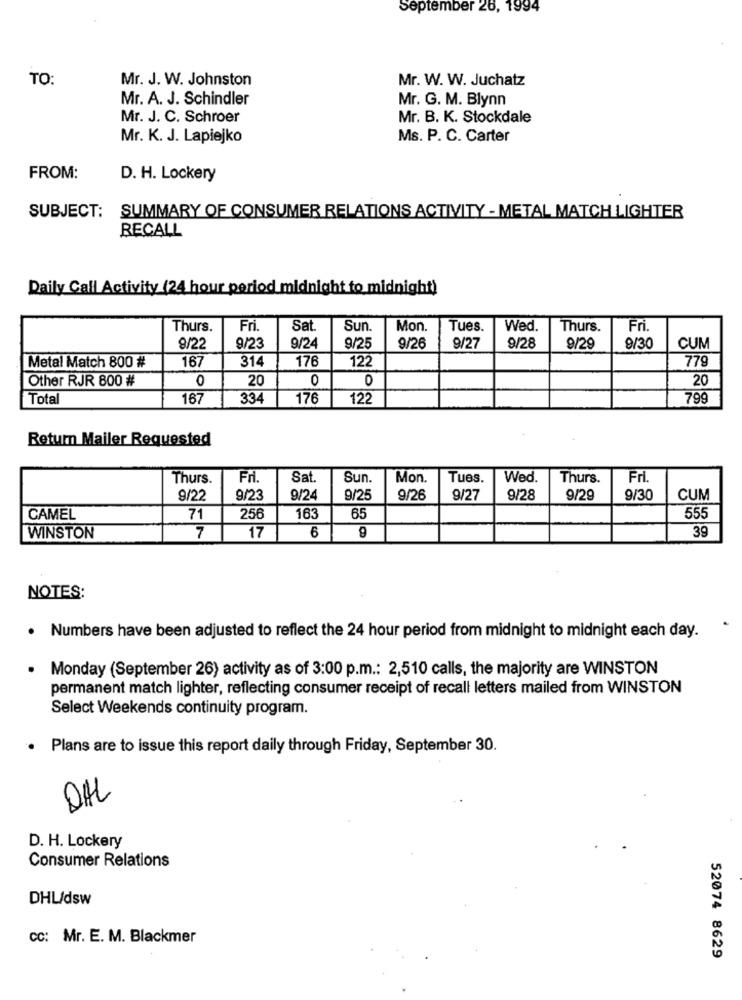
September 26, 1994
TO:
Mr. J. W. Johnston
Mr. W. W. Juchatz
Mr. A. J. Schindler
Mr. G. M. Blynn
Mr. J. C. Schroer
Mr. B. K. Stockdale
Mr. K. J. Lapiejko
Ms. P. C. Carter
FROM:
D. H. Lockery
SUBJECT:
SUMMARY OF CONSUMER RELATIONS ACTIVITY - METAL MATCH LIGHTER
RECALL
Daily Call Activity (24 hour period midnight to midnight)
Thurs.
Fri.
Sat
Sun.
Mon.
Tues.
Wed.
Thurs.
Fri.
9/22
9/23
9/24
9/25
9/26
9/27
9/28
9/29
9/30
CUM
167
176
122
779
Metal Match 800 #
314
Other RJR 800 #
0
20
0
0
20
Total
167
334
176
122
799
Retum Mailer Requested
Thurs
Fri.
Sat
Sun.
Mon.
Tues.
Wed.
Thurs.
Fri.
9/22
9/23
9/24
9/25
9/26
9/27
9/28
9/29
9/30
CUM
CAMEL
71
256
163
65
555
17
39
WINSTON
7
6
9
NOTES:
. Numbers have been adjusted to reflect the 24 hour period from midnight to midnight each day.
.
Monday (September 26) activity as of 3:00 p.m .: 2,510 calls, the majority are WINSTON
permanent match lighter, reflecting consumer receipt of recall letters mailed from WINSTON
Select Weekends continuity program.
.
Plans are to issue this report daily through Friday, September 30.
DAL
D. H. Lockery
Consumer Relations
DHL/dsw
CC: Mr. E. M. Blackmer
52074 8629